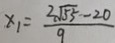
x _ { 1 } = \frac { 2 \sqrt { 5 5 } - 2 0 } { 9 }